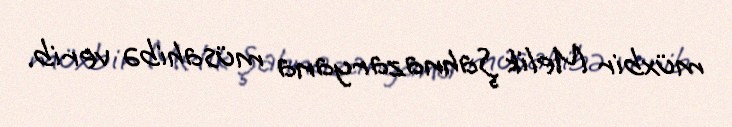
müxbir Melik Şahnazaryana müsahibə verib.